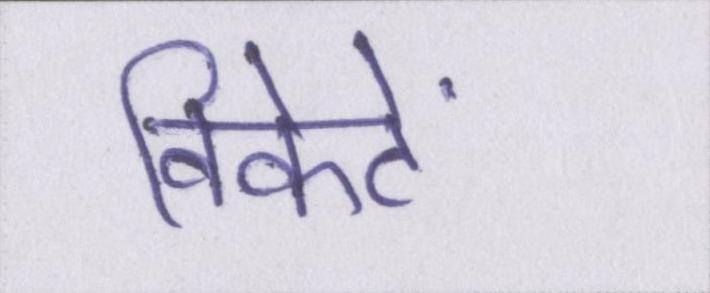
विकेटें